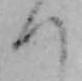
つ